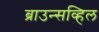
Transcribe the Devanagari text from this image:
ब्राउन्सव्हिल